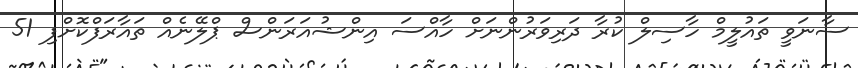
ސާނަވީ ތައުލީމް ހާސިލް ކުރާ ދަރިވަރުންނަށް ހާއްސަ އިންޝުއަރަންސް ޕްލޭނެއް ތައާރަފްކޮށްފި 51